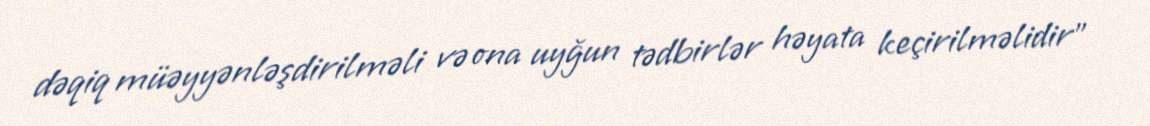
dəqiq müəyyənləşdirilməli və ona uyğun tədbirlər həyata keçirilməlidir”